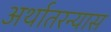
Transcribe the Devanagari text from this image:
अर्थातरन्यास